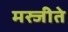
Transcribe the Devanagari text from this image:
मस्जीते